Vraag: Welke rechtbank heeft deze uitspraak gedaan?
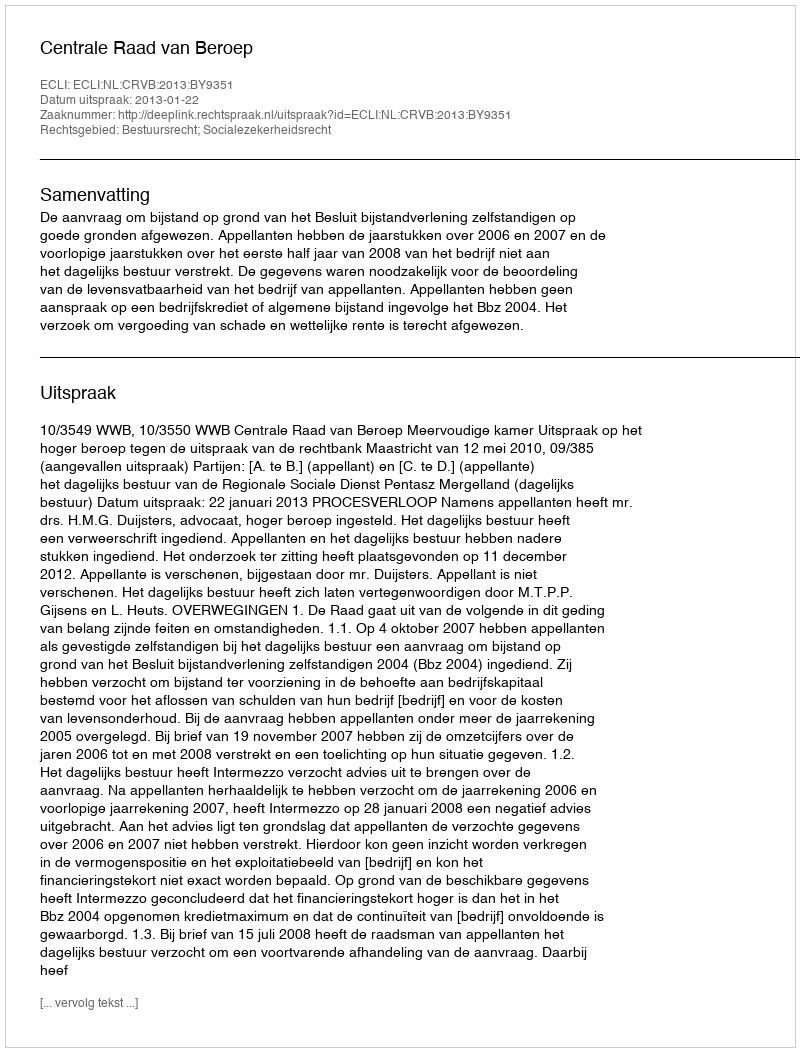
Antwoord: Centrale Raad van Beroep